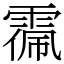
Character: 𩃥